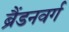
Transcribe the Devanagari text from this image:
ब्रैंडनवर्ग